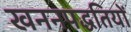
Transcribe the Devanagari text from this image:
खननपद्धतियों